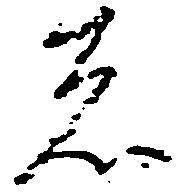
者